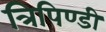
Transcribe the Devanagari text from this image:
त्रिपिण्डी